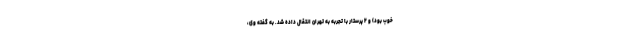
خوب بود) و ۲ پرستار با تجربه به تهران انتقال داده شد. به گفته وی،